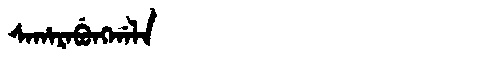
Manchu: ᠰᠠᡥᠠᡵᠠᠪᡠᠩᡤᠠᠯᠠ
Romanization: SAHARABUNGGALA